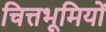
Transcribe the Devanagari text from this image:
चित्तभूमियों